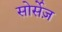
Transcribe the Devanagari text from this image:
सोर्सेज़